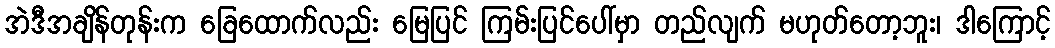
အဲဒီအချိန်တုန်းက ခြေထောက်လည်း မြေပြင် ကြမ်းပြင်ပေါ်မှာ တည်လျက် မဟုတ်တော့ဘူး၊ ဒါကြောင့်